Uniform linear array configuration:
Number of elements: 16
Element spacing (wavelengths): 0.5
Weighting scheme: hamming
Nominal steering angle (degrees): -30
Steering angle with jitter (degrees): -31.326
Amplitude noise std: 0.05
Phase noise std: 0.05

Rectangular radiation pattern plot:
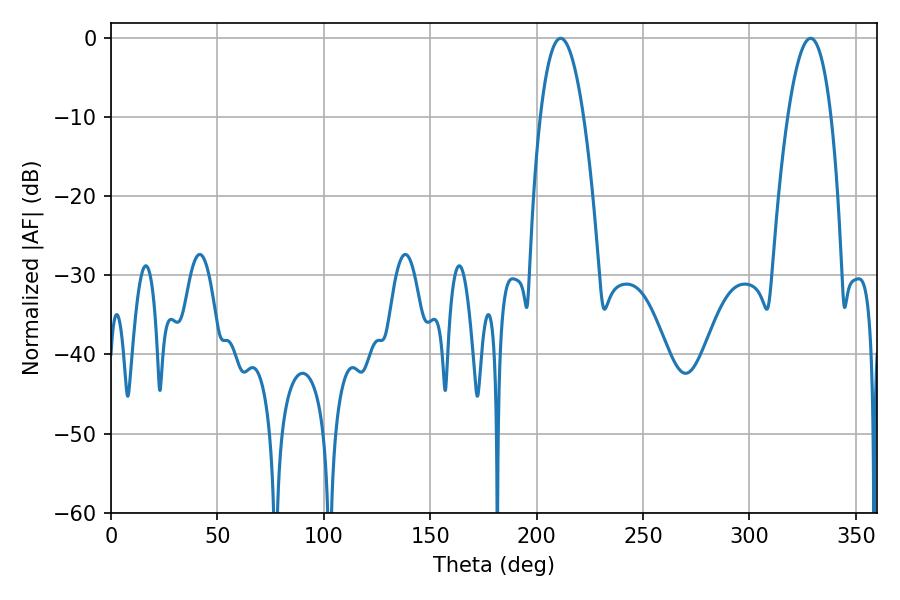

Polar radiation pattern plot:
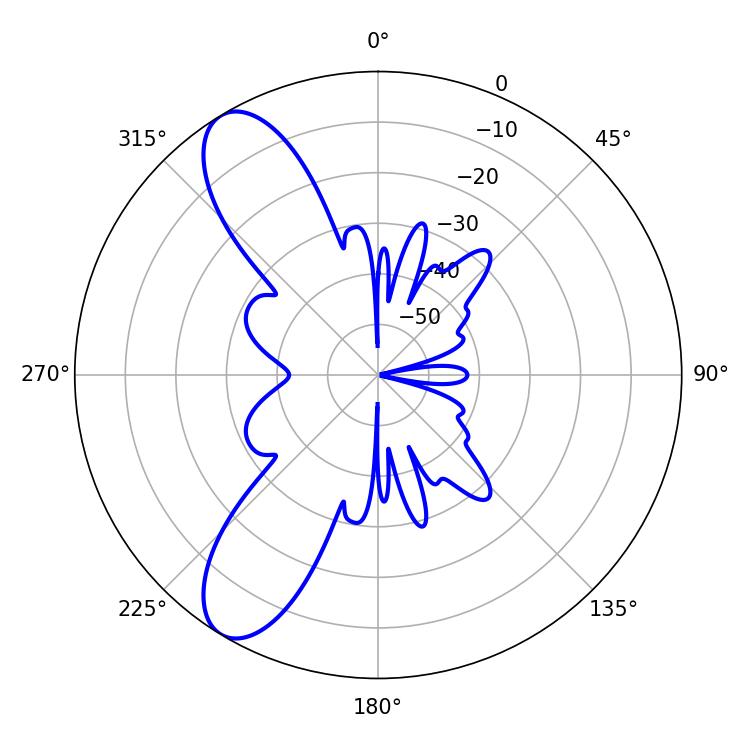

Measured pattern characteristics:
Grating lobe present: FALSE
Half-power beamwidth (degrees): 11.16
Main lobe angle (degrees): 328.68